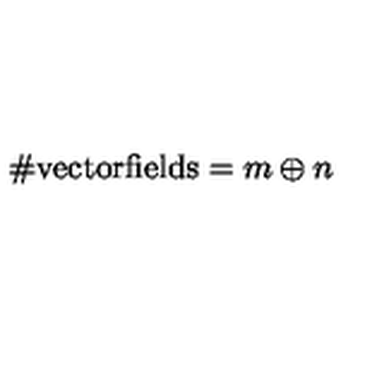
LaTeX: \# \mathrm { v e c t o r f i e l d s } = m \oplus n